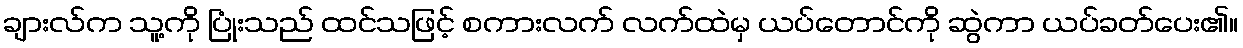
ချားလ်က သူ့ကို ပြုံးသည် ထင်သဖြင့် စကားလက် လက်ထဲမှ ယပ်တောင်ကို ဆွဲကာ ယပ်ခတ်ပေး၏။